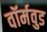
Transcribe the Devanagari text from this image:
वॉर्मवुड